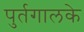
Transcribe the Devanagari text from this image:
पुर्तगालके